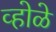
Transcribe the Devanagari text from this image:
व्होळे